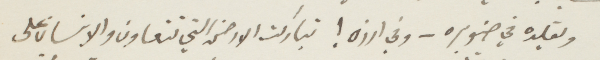
ويقلده في صنوبره - وفي ارزه ! تباركت الأرض التي تتعاون والانسان على